Sketch of the medical history of the native army of Bombay, for the year
Year: 1872
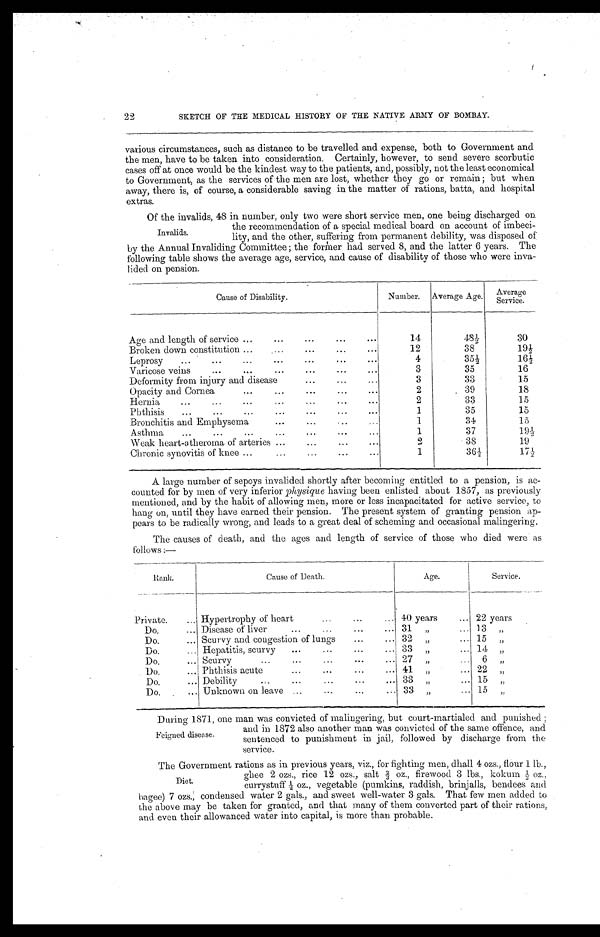
22
SKETCH OF THE MEDICAL HISTORY OF THE NATIVE ARMY OF BOMBAY.
various circumstances, such as distance to be travelled and expense, both to Government and
the men, have to be taken into consideration. Certainly, however, to send severe scorbutic
cases off at once would be the kindest way to the patients, and, possibly, not the least economical
to Government, as the services of the men are lost, whether they go or remain; but when
away, there is, of course, a considerable saving in the matter of rations, batta, and hospital
extras.
Of the invalids, 48 in number, only two were short service men, one being discharged on
the recommendation of a special medical board on account of imbeci
-
lity, and the other, suffering from permanent debility, was disposed of
by the Annual Invaliding Committee; the former had served 8, and the latter 6 years. The
following table shows the average age, service, and cause of disability of those who were inva
-lided on pension.
Cause of Disability.
Number.
Average Age.
Average
Service.
Age and length of service . . .
14
48½
30
Broken down constitution . . .
12
38
1 9 ½
L e p r o s y . . .
4
35½
1 6 ½
Varicose veins . . .
3
35
16
Deformity from injury and disease . . .
3
33
15
O p a c i t y a n d C o r n e a . . .
2
.39
18
H e r n i a . . .
2
33
15
Phthisis . . .
1
35
15
Bronchitis and Emphysema . . .
1
34
15
Asthma . . .
1
37
1 9 ½
Weak heart-atheroma of arteries . . .
2
38
19
Chronic synovitis of knee . . .
1
36½
1 7 ½
A large number of sepoys invalided shortly after becoming entitled to a pension, is ac
- c o u n t e d f o r b y m e n o f v e r y i n f e r i o rp
h y s i q u e
h a v i n g b e e n e n l i s t e d a b o u t 1 8 5 7 , a s p r e v i o u s l y
mentioned, and by the habit of allowing men, more or less incapacitated for active service, to
hang on, until they have earned their pension. The present system of granting pension ap
- p e a r s t o b e r a d i c a l l y w r o n g , a n d l e a d s t o a g r e a t d e a l o f s c h e m i n g a n d o c c a s i o n a l m a l i n g e r i n g .
The causes of death, and the ages and length of service of those who died were as
follows:—
Rank.
Cause of Death.
Age.
Service.
Private. . . . Hypertrophy of heart . . .
40 years . . .
22 years
Do. . . . Disease of liver . . .
31 " . . .
1 3 "
Do. . . . Scurvy and congestion of lungs . . . 32 " . . .
1 5 "
D o . . . .
Hepatitis, scurvy . . . 33 " . . .
1 4 "
Do. . . . Scurvy . . . 27 " . . .
6 "
Do. . . . Phthisis acute . . . 41 " . . .
2 2 "
Do. . . . Debility . . .
33 " . . .
1 5 "
Do. . . . Unknown on leave . . . 33 " . . .
1 5 "
During 1871, one man was convicted of malingering, but court-martialed and punished;
and in 1872 also another man was convicted of the same offence, and
sentenced to punishment in jail, followed by discharge from the
service.
Invalids.
Feigned disease.
The Government rations as in previous years, viz., for fighting men, dhall 4 ozs., flour 1 lb.,
ghee 2 ozs., rice 12 ozs., salt 2/3 oz., firewood 3 lbs., kokum ½ oz.,
currystuff ½ oz., vegetable (pumkins, raddish, brinjalls, bendees and
bagee) 7 ozs., condensed water 2 gals., and sweet well-water 3 gals. That few men added to
the above may be taken for granted, and that many of them converted part of their rations,
and even their allowanced water into capital, is more than probable.
Diet.